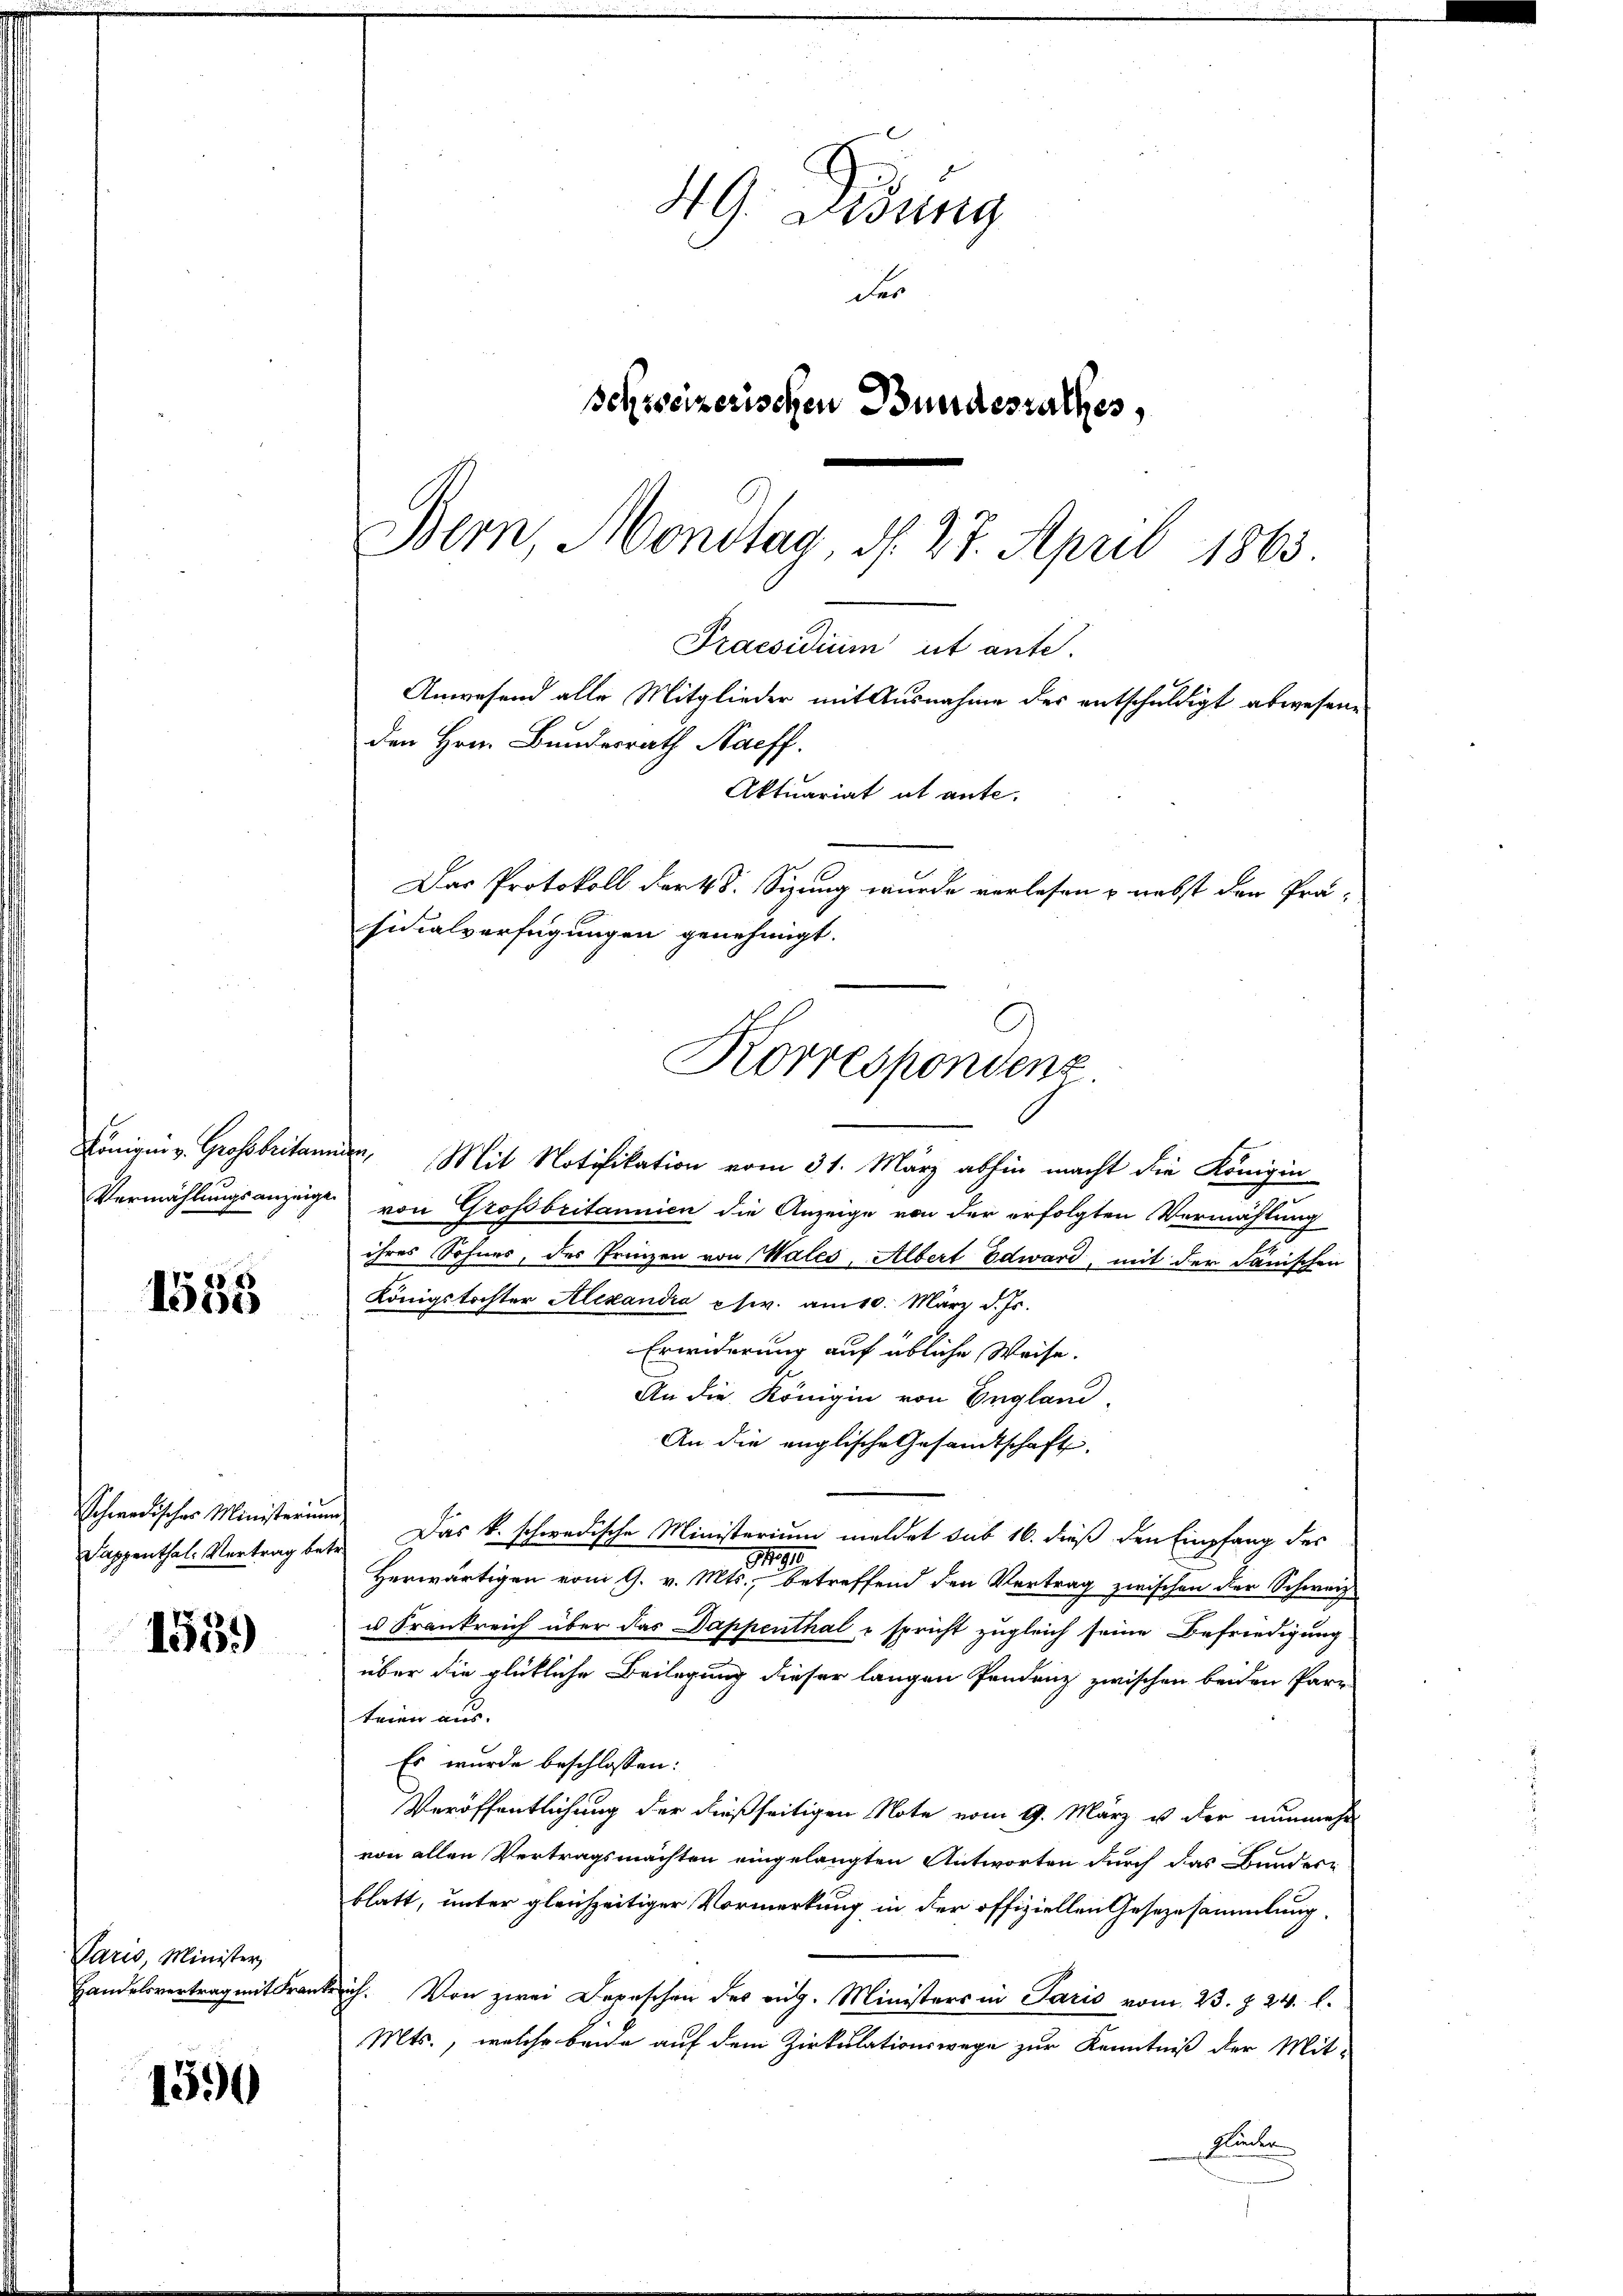
Vermählungsanzeige

1553

Schwedisches Ministerium

1559)

Paris, Minister,
Handelsvertrag mit Frau

1590

49. Didung
der
schreizerischen Bundesrathes,
Bern, Montag, d. 27. April 1863.

Praesidium ut ante.
Anwesend alle Mitglieder mit Ausnahme der entschuldigt abwesene
den Hrn. Bundesrath Naeff.
Aktuariat ut ante.
Das Protokoll dark. 8. Sitzung wurde verlesen & nebst den Prä-
sidialverfügungen genehmigt.
Korrespondenz

Königin v. Grossbritanien, Mit Notifikation vom 31. März abhin macht die Königin
von Grossbritannien die Anzeige von der erfolgten Vermählung
ihres Sohnes, des Prinzen von Wales, Albert Edward, mit der Janischen
Königstochter Alexandia etw. am 10. März d. Js.
Erwiderung auf übliche Weise.
An die Königin von England,
An die englische Gesandtschaft
Sappenthale Vertrag betr. Das k. schwedische Ministerium meldet sub 16. dieß den Empfang des
190
Herwärtigen vom 9. v. Mts., betreffend den Vertrag zwischen der Schweiz
u Krankreich über das Dappenthal - spricht zugleich seine Befriedigung
über die glückliche Beilegung dieser langen Pendenz zwischen beiden Parr
teien aus
Es wurde beschlossen:
Veröffentlichung der dießseitigen Note vom 9. März u der nunmehr
von allen Vertragsmachten eingelangten Antworten durch das Bunderblatt, unter gleichzeitiger Vormerkung in der offiziellen Gesezesammlung
Reich. Von zwei Depeschen des rut. Ministers in Paris vom 23. §. 24. l.
Mts., welche beide auf dem Zirkulationswege zur Kenntniß der Mit-
Flecken